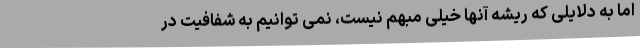
اما به دلایلی که ریشه آنها خیلی مبهم نیست، نمی توانیم به شفافیت در